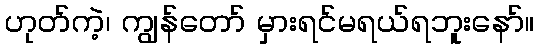
ဟုတ်ကဲ့၊ ကျွန်တော် မှားရင်မရယ်ရဘူးနော်။